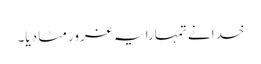
خدا نے تمہارا یہ غرور مٹا دیا۔